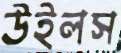
উইলস